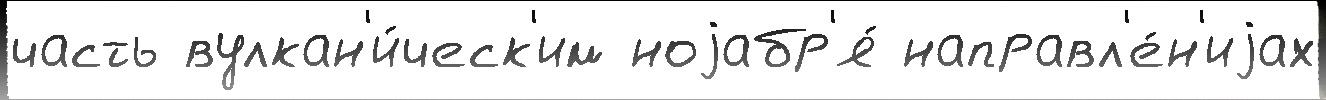
часть вулкан'и́ческ'им ноjабр'я́ направл'е́н'иjах